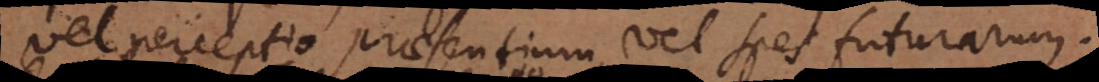
vel perceptio praesentium, vel spes futurarum.